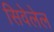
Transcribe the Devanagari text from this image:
सिवेलेल